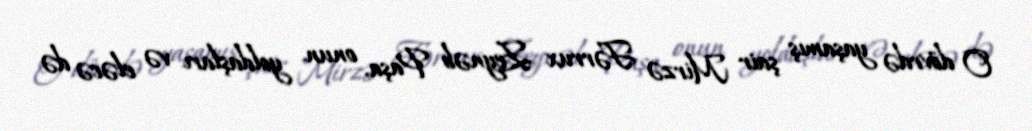
O dövrdə yaşamış şair Mirzə Fərrux Zeynəb Paşa, onun yoldaşları və eləcə də